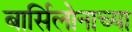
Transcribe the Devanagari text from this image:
बार्सिलोनाच्या